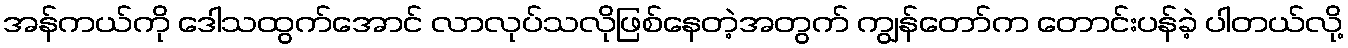
အန်ကယ်ကို ဒေါသထွက်အောင် လာလုပ်သလိုဖြစ်နေတဲ့အတွက် ကျွန်တော်က တောင်းပန်ခဲ့ ပါတယ်လို့